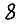
Digit: 8